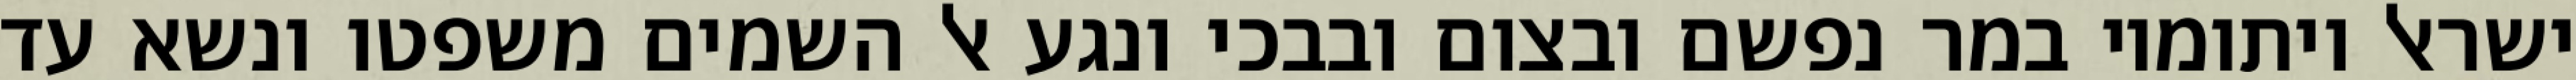
ישראל ויתומיו במר נפשם ובצום ובבכי ונגע אל השמים משפטו ונשא עד